Report on vaccination in Madras 1904-1921 - 1904-1921
Year: 1904
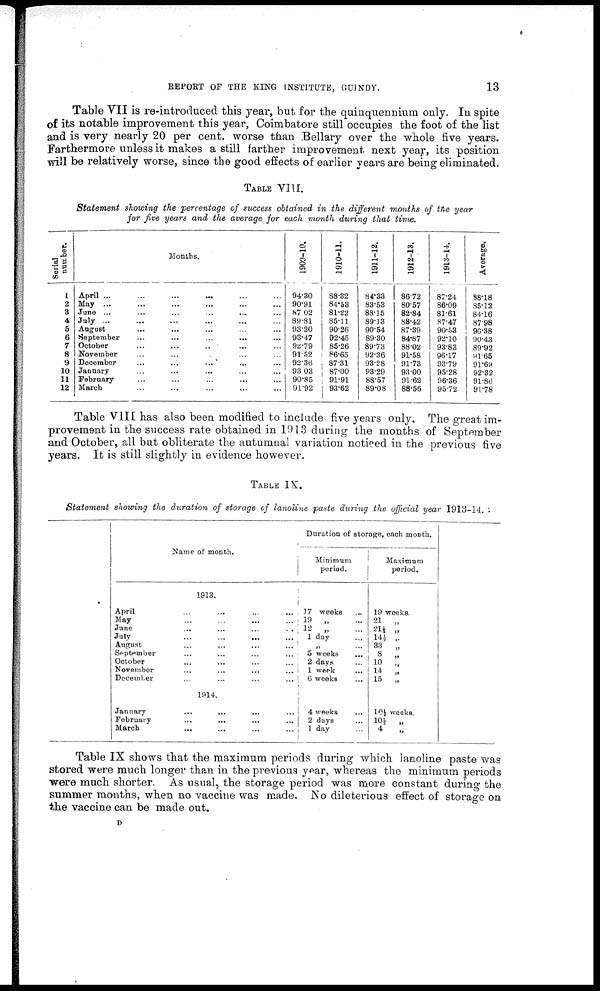
REPORT OF THE KING INSTITUTE, GUINDY.
13
Table VII is re-introduced this year, but for the quinquennium only. In spite
of its notable improvement this year, Coimbatore still occupies the foot of the list
and is very nearly 20 per cent. worse than Bellary over the whole five years.
Farthermore unless it makes a still farther improvement next year, its position
will be relatively worse, since the good effects of earlier years are being eliminated.
TABLE VIII.
Statement showing the percentage of success obtained in the different months of the year
for five years and the average for each month during that time.
Serial
number.
1
2
8
4
6
6
7
8
9
10
11 12
Months.
April ... ... ... ... ... ...
May... ... ... ... ... ...
Jane ... ... ... ... ... ...
July...
...
...
...
...
...
August ... ... ... ... ...
September ... ... ... ... ...
October ... ... ... ... ...
November ... ... ... ... ...
December ... ... ... ... ...
January... ... ... ... ...
February ... ... ... ... ...
March ... ... ... ... ...
1900-10.
94.30
90.91
87.02
89.81
93.20
93.47
92.79
91.52
92.36
93.03
90.85
91.92
1910-11.
88.32
84.53
81.22
85.11
90.26
92.45
85.26
86.65
87.31
87.00
91.91
93.62
1911-12.
84.33
83.53
88.15
89.13
90.54
89.30
89.73
92.36
93.28
93.29
88.57
89.03
1912-13.
86.72
80.7
82.84
88.42
87.39
84.87
88.02
91.58
91.73
93.00
91.62
88.56
1913-14.
87.24
86.09
81.61
87.47
90.53
92.10
93.83
96.17
93.79
95.28
96.36
95.72
Average.
38.18
85.12
84.16
87.98
90.38
90.43
89.92
91.65
91.69
92.32
91.86
91.78
Table VIII has also been modified to include five years only. The great im-
provement in the success rate obtained in 1913 during the months of September
and October, all but obliterate the autumnal variation noticed in the previous five
years. It is still slightly in evidence however.
TABLE IX.
Statement shouting the duration of storage of lanoline paste during the official year 1913-14.
Name of month.
1913.
April
...
...
...
...
May
...
...
...
...
June
...
...
...
...
July
...
...
...
...
August ... ... ... ...
September ... ... ... ...
October
...
...
...
...
November ... ... ... ...
December
...
...
...
...
1914.
January
...
...
...
...
February
...
...
...
...
March
...
...
...
...
Duration of storage, each month.
Minimum
period.
17 weeks ...
19
„
...
12
„
...
1 day ...
„ ...
5 weeks
...
2 days ...
1 week ...
6 weeks
4 weeks ...
2 days
1 day
Maximum
period.
19 weeks.
21 „
21½ „
14 ½ „
33
„
8
„
10
„
14
„
15 „
104 weeks.
10 ½ „
4
„
Table IX shows that the maximum periods during which lanoline paste was
stored were much longer than in the previous year, whereas the minimum periods
were much shorter. As usual, the storage period was more constant during the
summer months, when no vaccine was made. No dileterious effect of storage on
the vaccine can be made out.
D